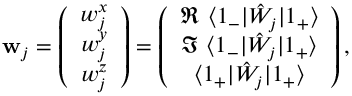
\mathbf { w } _ { j } = \left( \begin{array} { c } { w _ { j } ^ { x } } \\ { w _ { j } ^ { y } } \\ { w _ { j } ^ { z } } \end{array} \right) = \left( \begin{array} { c } { \Re \ \langle 1 _ { - } | \hat { W } _ { j } | 1 _ { + } \rangle } \\ { \Im \ \langle 1 _ { - } | \hat { W } _ { j } | 1 _ { + } \rangle } \\ { \langle 1 _ { + } | \hat { W } _ { j } | 1 _ { + } \rangle } \end{array} \right) ,